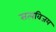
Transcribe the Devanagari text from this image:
सत्यविजय